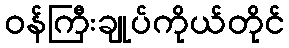
ဝန်ကြီးချုပ်ကိုယ်တိုင်